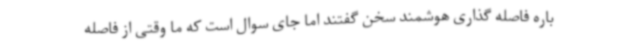
باره فاصله گذاری هوشمند سخن گفتند اما جای سوال است که ما وقتی از فاصله